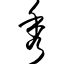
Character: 秀